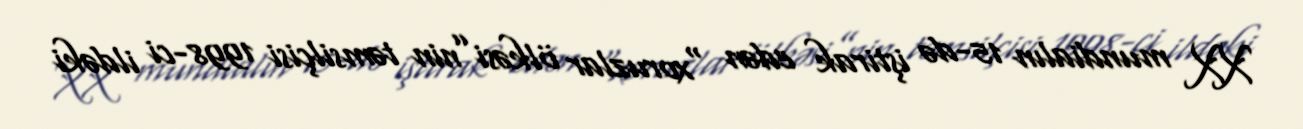
XX mundialın 15-də iştirak edən “xoruzlar ölkəsi”nin təmsilçisi 1998-ci ildəki